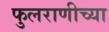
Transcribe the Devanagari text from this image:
फुलराणीच्या